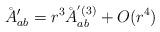
LaTeX: \begin{align*}\AA'_{ab}=r^3\AA_{ab}^{'(3)}+O(r^4)\\\end{align*}